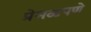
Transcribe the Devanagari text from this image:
प्रेमळपणे